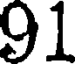
91